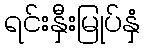
ရင်းနှီးမြုပ်နှံ